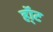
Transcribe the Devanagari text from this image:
हॉ्ट